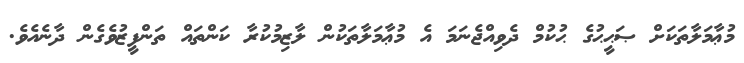
މުޢާމަލާތަކަށް ޞަޙީޙުގެ ޙުކުމް ދެވިއްޖެނަމަ އެ މުޢާމަލާތަކުން ލާޒިމުކުރާ ކަންތައް ތަންފީޒުވެގެން ދާނެއެވެ.